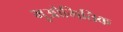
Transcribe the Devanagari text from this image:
भुओमितिक